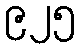
၉၂၅